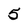
Character: 5